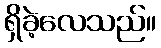
ရှိခဲ့လေသည်။